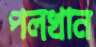
পলখান